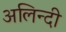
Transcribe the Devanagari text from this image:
अलिन्दी